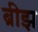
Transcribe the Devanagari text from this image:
ब्रीझ